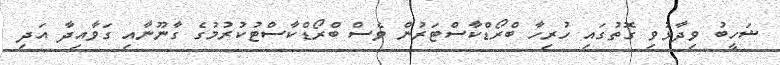
ޝަހީބު ވިދާޅުވި ގޮތުގައި ހުރިހާ ބްރޯޑްކާސްޓަރުން ވެސް ބްރޯޑްކާސްޓުކުރުމުގެ ގާނޫނާއި ގަވާއިދާ އަދި